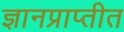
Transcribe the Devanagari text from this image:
ज्ञानप्राप्तीत